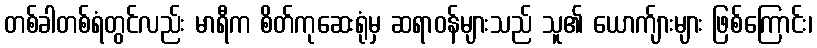
တစ်ခါတစ်ရံတွင်လည်း မာရီက စိတ်ကုဆေးရုံမှ ဆရာဝန်များသည် သူ၏ ယောက်ျားများ ဖြစ်ကြောင်း၊